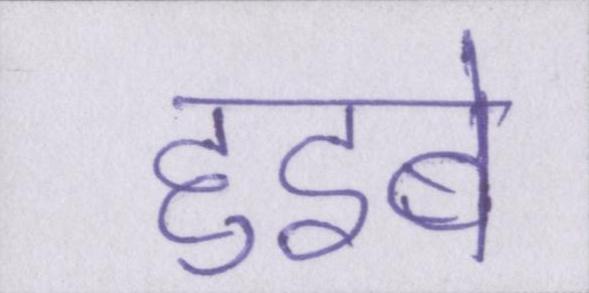
हुइबे